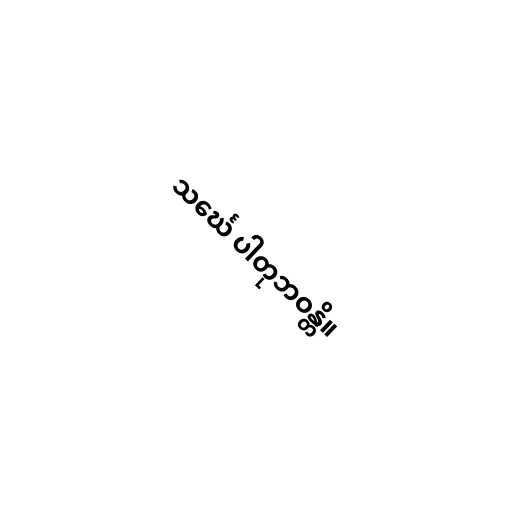
သင်္ဃေ ပါတုဘဝန္တိ။